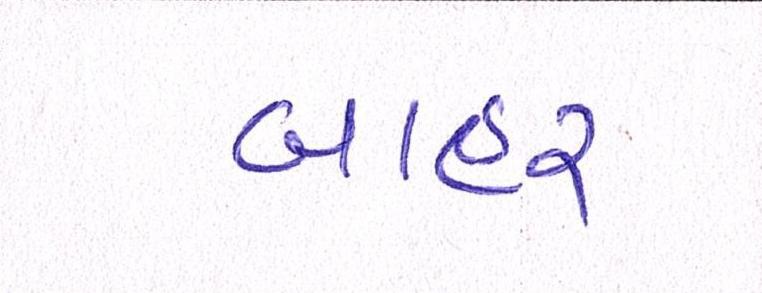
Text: બાહર